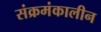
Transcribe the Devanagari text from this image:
संक्रमंकालीन